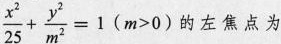
$$\frac{x^{2}}{25}+ \frac{y^{2}}{m^{2}}=1(m>0)$$ 的左焦点为